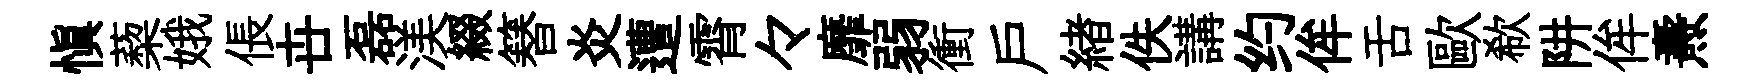
慎蔾娥倀卋磊渼綴簮炎遭霄々靡弱衝戸緖佚講约侔舌歐欷阱侔燾